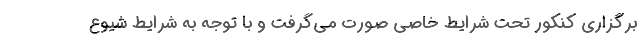
برگزاری کنکور تحت شرایط خاصی صورت می‌گرفت و با توجه به شرایط شیوع